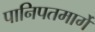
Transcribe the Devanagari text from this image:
पानिपतमार्गे